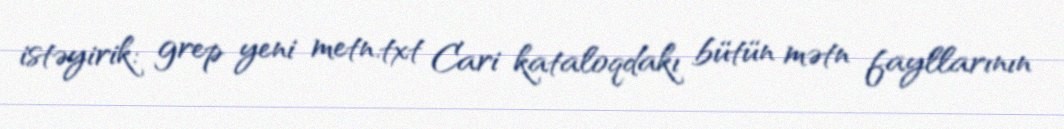
istəyirik: grep yeni metn.txt Cari kataloqdakı bütün mətn fayllarının